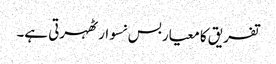
تفریق کا معیار بس نسوار ٹھہرتی ہے۔